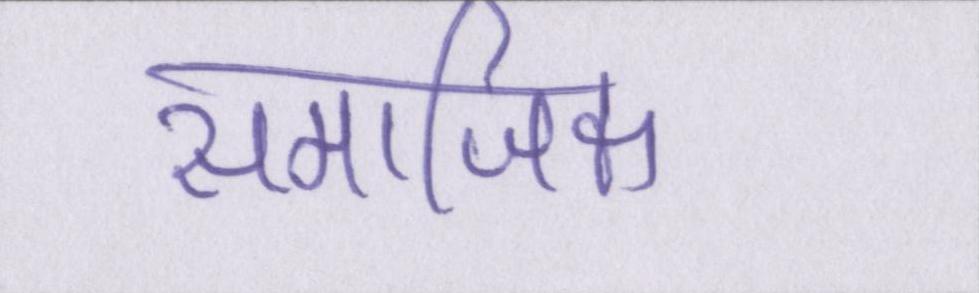
समाजिक